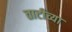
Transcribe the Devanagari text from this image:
ताटीच्या